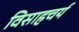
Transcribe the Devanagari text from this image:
विसाहचर्य